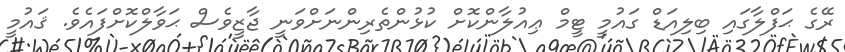
ރޭގެ ޙަފްލާގައި ބިލިއަޑް ގައުމީ ޓީމް ޢިއުލާންކޮށް ކުޅުންތެރިންނަށްވަނީ ޖާޒީވެސް ޙަވާލްކޮށްފައެވެ. ޤައުމީ